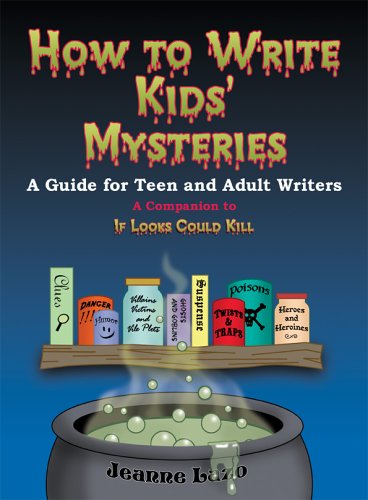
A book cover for How to Write Kids' Mysteries: A Guide for Teen And Adult Writers; Jeanne Lazo; Mystery, Thriller & Suspense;